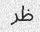
ظر